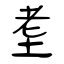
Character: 耊